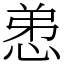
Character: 𢚖